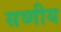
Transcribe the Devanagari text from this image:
सव्गीय